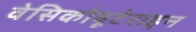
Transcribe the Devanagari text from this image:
वेसिकोयूटेराइन